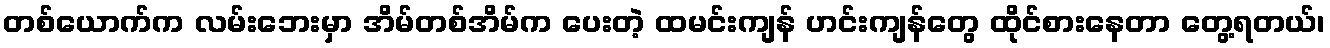
တစ်ယောက်က လမ်းဘေးမှာ အိမ်တစ်အိမ်က ပေးတဲ့ ထမင်းကျန် ဟင်းကျန်တွေ ထိုင်စားနေတာ တွေ့ရတယ်၊